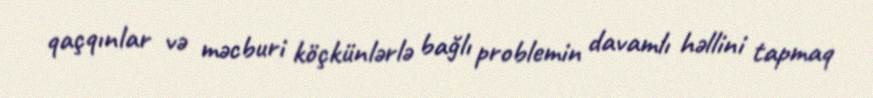
qaçqınlar və məcburi köçkünlərlə bağlı problemin davamlı həllini tapmaq